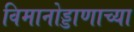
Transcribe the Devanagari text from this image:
विमानोड्डाणाच्या